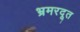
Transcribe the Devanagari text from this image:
भ्रमरदूत